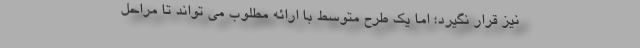
نیز قرار نگیرد؛ اما یک طرح متوسط با ارائه مطلوب می تواند تا مراحل